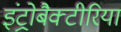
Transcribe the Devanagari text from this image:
इंट्रोबैक्टीरिया